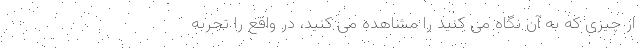
از چیزی که به آن نگاه می کنید را مشاهده می کنید، در واقع را تجربه